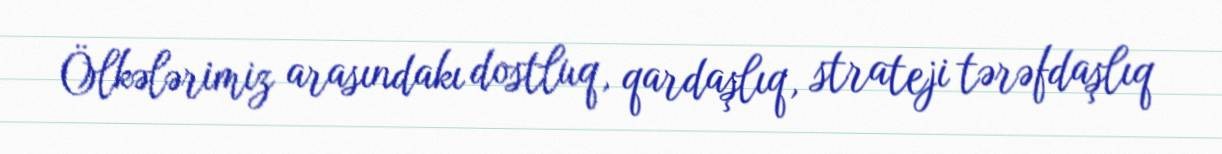
Ölkələrimiz arasındakı dostluq, qardaşlıq, strateji tərəfdaşlıq